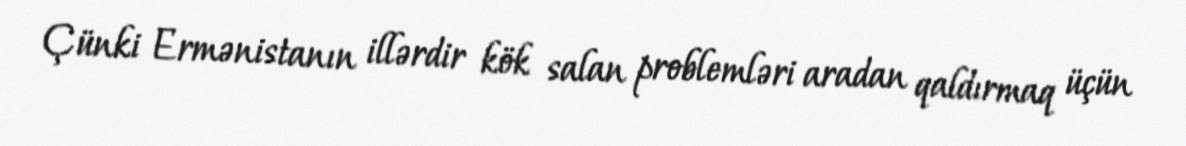
Çünki Ermənistanın illərdir kök salan problemləri aradan qaldırmaq üçün